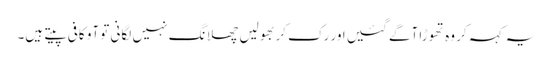
یہ کہہ کر وہ تھوڑا آگے گئیں اور رک کر بھولیں چھلانگ نہیں لگانی تو آو کافی پیتے ہیں۔